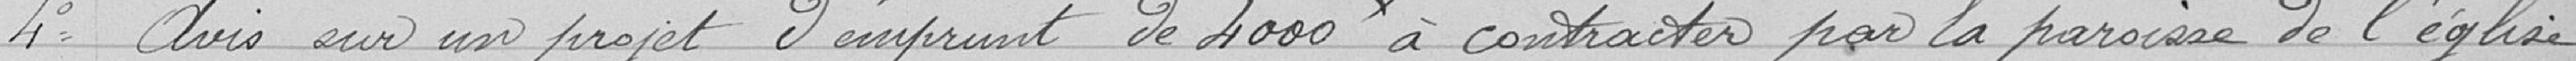
4 Avis sur un projet d'emprunt de 4000 francs à contracter pour la paroisse de l'église